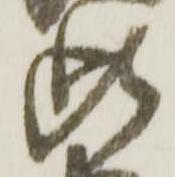
此